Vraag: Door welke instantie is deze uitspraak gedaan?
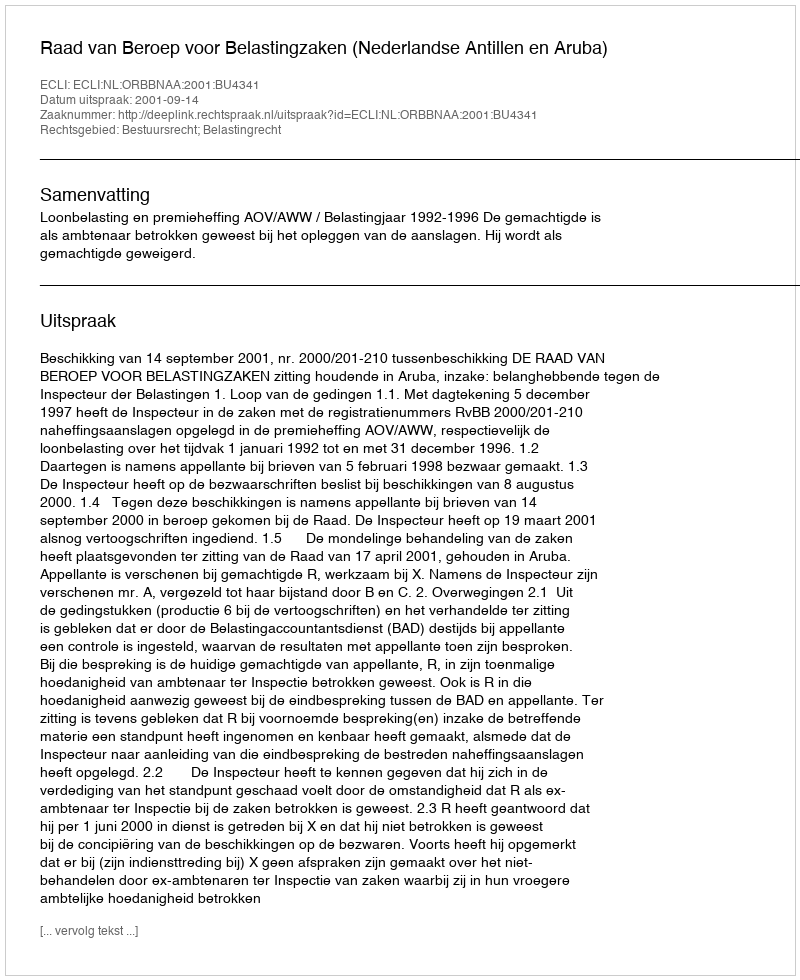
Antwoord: Raad van Beroep voor Belastingzaken (Nederlandse Antillen en Aruba)